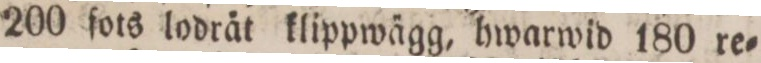
200 fots lodråt klippwägg, hwarwid 180 re=